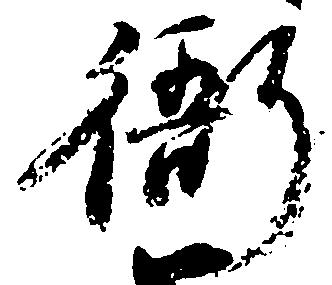
衙